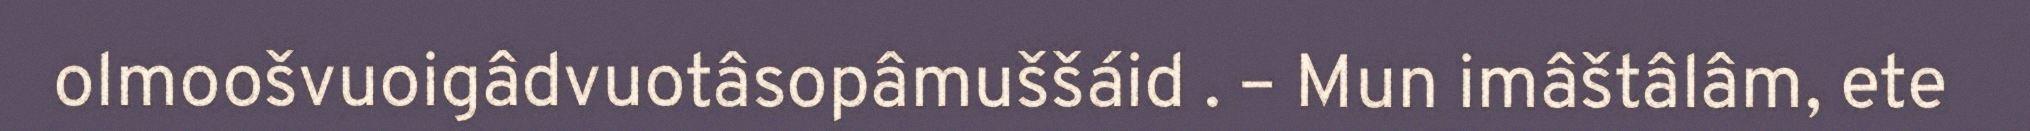
olmoošvuoigâdvuotâsopâmuššáid . – Mun imâštâlâm, ete